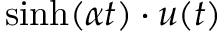
\sinh ( \alpha t ) \cdot u ( t )